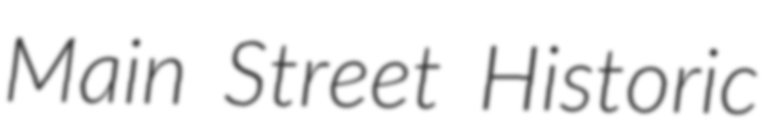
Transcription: Main Street Historic